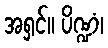
အရှင်။ ပိဏ္ဍံ၊